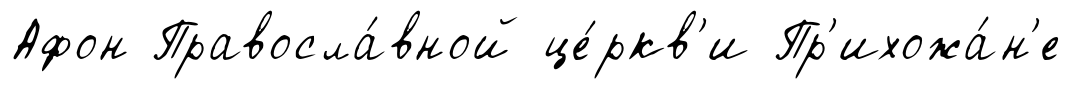
Афон Правосла́вной це́ркв'и Пр'ихожа́н'е